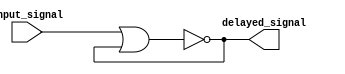
module nor_gate_delay (
  input wire input_signal,
  output reg delayed_signal
);
  
  reg nor_output;
  
  always @(*) begin
    nor_output = ~(input_signal | nor_output);
    delayed_signal = nor_output;
  end

endmodule